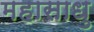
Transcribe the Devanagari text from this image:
महासाधु